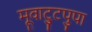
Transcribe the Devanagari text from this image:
मूवाट्टुपुपा